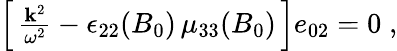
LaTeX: \begin{array}{r}{\left[\, \frac{{\mathbf k}^{2}}{\omega^{2}}-\epsilon_{22}(B_{0})\, \mu_{33}(B_{0})\, \right]e_{02}=0\; ,}\end{array}